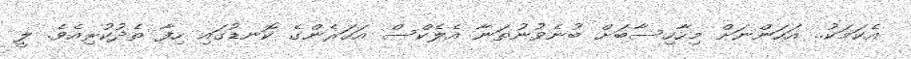
އެކަމަކު.. އަހަންނަށް މިހާހިސާބަށް ބުނެވުނުތަނާ އެލެކްސް އަހަރެންގެ ކޮނޑުގައި ހިފާ ތެދުކުރިއެވެ. ލީ